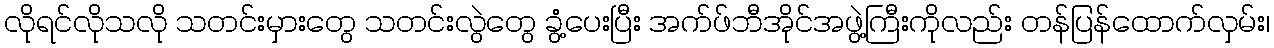
လိုရင်လိုသလို သတင်းမှားတွေ သတင်းလွဲတွေ ခွံ့ပေးပြီး အက်ဖ်ဘီအိုင်အဖွဲ့ကြီးကိုလည်း တန်ပြန်ထောက်လှမ်း၊